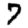
Digit: 7